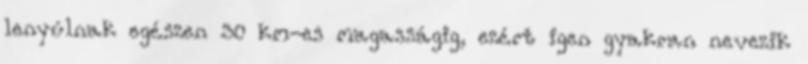
lenyúlnak egészen 30 km-es magasságig, ezért igen gyakran nevezik